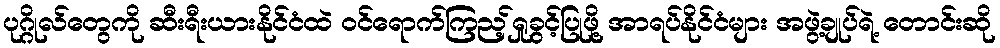
ပုဂ္ဂိုလ်တွေကို ဆီးရီးယားနိုင်ငံထဲ ဝင်ရောက်ကြည့်ရှုခွင့်ပြုဖို့ အာရပ်နိုင်ငံများ အဖွဲ့ချုပ်ရဲ့ တောင်းဆို